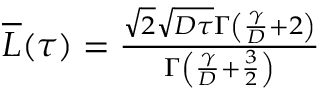
\begin{array} { r } { \overline { { L } } ( \tau ) = \frac { \sqrt { 2 } \sqrt { D \tau } \Gamma \left( \frac { \gamma } { D } + 2 \right) } { \Gamma \left( \frac { \gamma } { D } + \frac { 3 } { 2 } \right) } } \end{array}